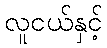
လူငယ်နှင့်